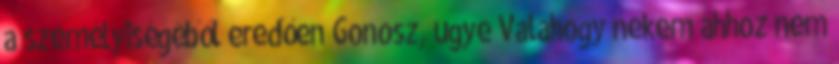
a személyiségéből eredően Gonosz, ugye Valahogy nekem ahhoz nem